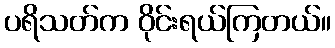
ပရိသတ်က ဝိုင်းရယ်ကြတယ်။